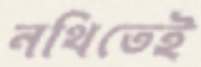
নথিতেই